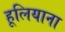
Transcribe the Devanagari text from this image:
हूलियाना